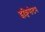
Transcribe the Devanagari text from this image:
इक्विसेटम